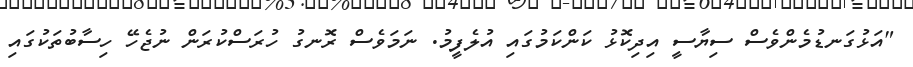
"އަޅުގަނޑުމެންވެސް ސިޔާސީ އިދިކޮޅު ކަންކަމުގައި އުލެފީމު. ނަމަވެސް ރޮނގު ހުރަސްކުރަން ނުޖެހޭ ހިސާބުތަކުގައި